Report on vaccination proceedings throughout the Government of Bengal -
Year: 1868
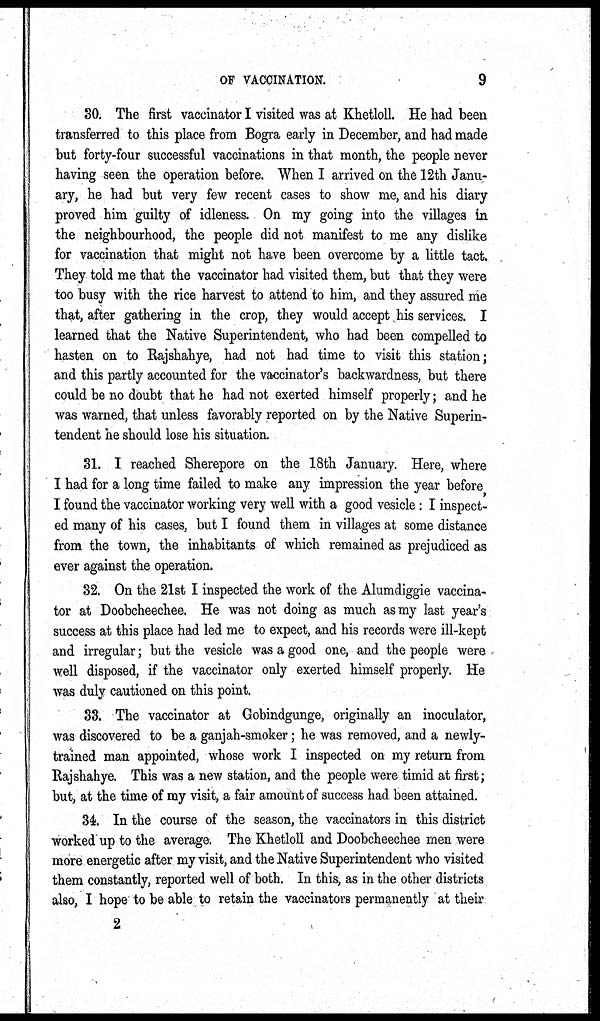
OF VACCINATION.
9
30. The first vaccinator I visited was at Khetloll. He had been
transferred to this place from Bogra early in December, and had made
but forty-four successful vaccinations in that month, the people never
having seen the operation before. When I arrived on the 12th Janu-
ary, he had but very few recent cases to show me, and his diary
proved him guilty of idleness. On my going into the villages in
the neighbourhood, the people did not manifest to me any dislike
for vaccination that might not have been overcome by a little tact.
They told me that the vaccinator had visited them, but that they were
too busy with the rice harvest to attend to him, and they assured me
that, after gathering in the crop, they would accept his services. I
learned that the Native Superintendent, who had been compelled to
hasten on to Rajshahye, had not had time to visit this station;
and this partly accounted for the vaccinator's backwardness, but there
could be no doubt that he had not exerted himself properly; and he
was warned, that unless favorably reported on by the Native Superin-
tendent he should lose his situation.
31. I reached Sherepore on the 18th January. Here, where
I had for a long time failed to make any impression the year before
I found the vaccinator working very well with a good vesicle: I inspect-
ed many of his cases, but I found them in villages at some distance
from the town, the inhabitants of which remained as prejudiced as
ever against the operation.
32. On the 21st I inspected the work of the Alumdiggie vaccina-
tor at Doobcheechee. He was not doing as much as my last year's
success at this place had led me to expect, and his records were ill-kept
and irregular; but the vesicle was a good one, and the people were
well disposed, if the vaccinator only exerted himself properly. He
was duly cautioned on this point.
33. The vaccinator at Gobindgunge, originally an inoculator,
was discovered to be a ganjah-smoker; he was removed, and a newly-
trained man appointed, whose work I inspected on my return from
Rajshahye. This was a new station, and the people were timid at first;
but, at the time of my visit, a fair amount of success had been attained.
34. In the course of the season, the vaccinators in this district
worked up to the average. The Khetloll and Doobcheechee men were
more energetic after my visit, and the Native Superintendent who visited
them constantly, reported well of both. In this, as in the other districts
also, I hope to be able to retain the vaccinators permanently at their
2